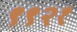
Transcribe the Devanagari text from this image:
९९२१